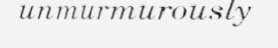
unmurmurously